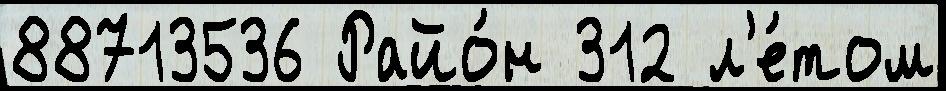
88713536 Райо́н 312 л'е́том